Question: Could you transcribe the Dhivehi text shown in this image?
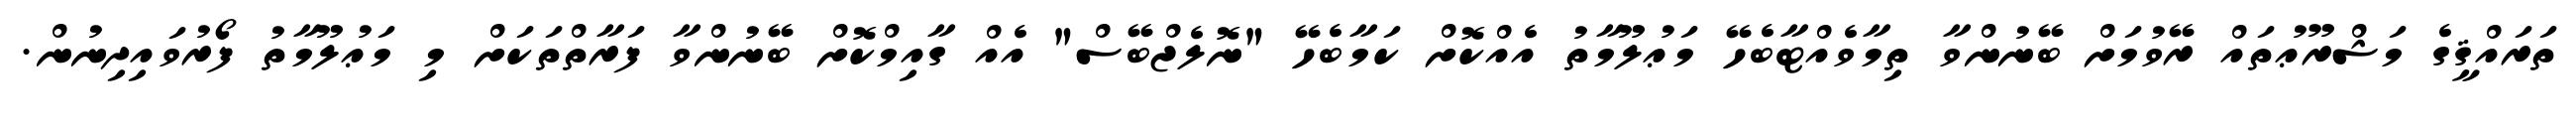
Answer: ތަރައްޤީގެ މަޝްރޫޢުތައް ރޭވުމަށް ބޭނުންވާ ތިމާވެއްޓާބެހޭ މަޢުލޫމާތު އެއްކޮށް ކަމާބެހޭ "ނޮލެޖްބޭސް" އެއް ގާއިމްކޮށް ބޭނުންވާ ފަރާތްތަކަށް މި މަޢުލޫމާތު ފޯރުވައިދިނުން.